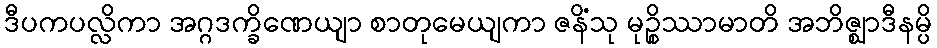
ဒီပကပလ္လိကာ အဂ္ဂဒက္ခိဏေယျာ စာတုမေယျကာ ဇနိံသု မုဉ္စိဿာမာတိ အဘိဇ္ဈာဒီနမ္ပိ